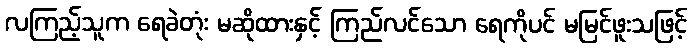
လကြည့်သူက ရေခဲတုံး မဆိုထားနှင့် ကြည်လင်သော ရေကိုပင် မမြင်ဖူးသဖြင့်